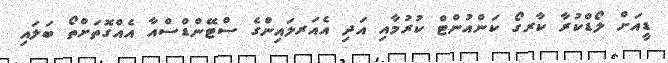
ޑީއަށް ލޯޑްކުރާ ކާރގޯ ކަންއުންޓް ކުރުމާއި އަދި އެއަރލައިންގެ ސްޓޭންޑްސްއާ އެއްގޮތަށްތޯ ބަލައި